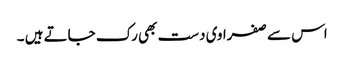
اس سے صفراوی دست بھی رک جاتے ہیں ۔